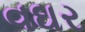
વઘર